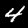
Digit: 4